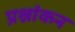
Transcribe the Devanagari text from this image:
प्रश्नांकन